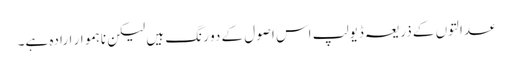
عدالتوں کے ذریعہ ڈیولپ اس اصول کے دو رنگ ہیں لیکن ناہموار ارادہ ہے۔